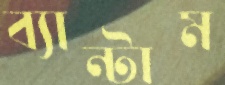
ব্যান্টাম